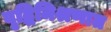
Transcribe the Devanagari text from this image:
वृद्धिमिश्रणात